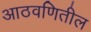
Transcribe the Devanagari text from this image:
आठवणितील